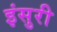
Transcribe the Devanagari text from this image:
इंसुरी